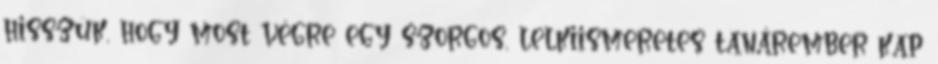
hisszük, hogy most végre egy szorgos, lelkiismeretes tanárember kap